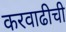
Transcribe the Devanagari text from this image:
करवाढीची